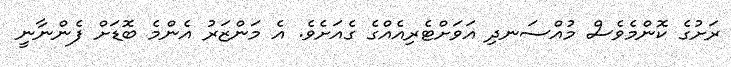
ރަށުގެ ކޮންމެވެސް މުއްސަނދި އަވަށްޓެރިއެއްގެ ގެއަށެވެ. އެ މަންޒަރު އެންމެ ބޮޑަށް ފެންނާނީ